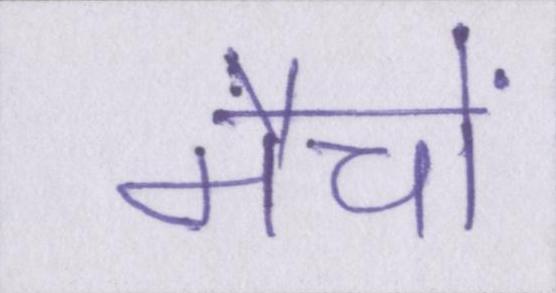
मैचों